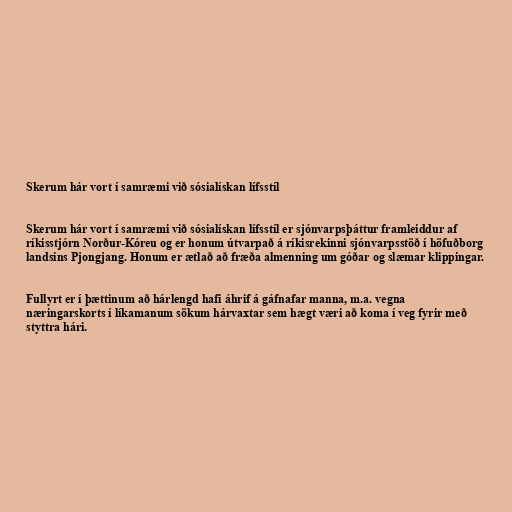
Skerum hár vort í samræmi við sósialískan lífsstíl

Skerum hár vort í samræmi við sósialískan lífsstíl er sjónvarpsþáttur framleiddur af
ríkisstjórn Norður-Kóreu og er honum útvarpað á ríkisrekinni sjónvarpsstöð í höfuðborg
landsins Pjongjang. Honum er ætlað að fræða almenning um góðar og slæmar klippingar.

Fullyrt er í þættinum að hárlengd hafi áhrif á gáfnafar manna, m.a. vegna
næringarskorts í líkamanum sökum hárvaxtar sem hægt væri að koma í veg fyrir með
styttra hári.